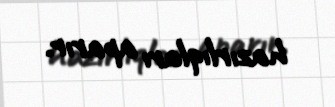
hazırlıqları aparır.